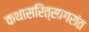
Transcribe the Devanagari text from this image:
कथासरित्सागरांत